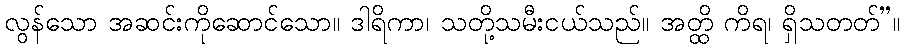
လွန်သော အဆင်းကိုဆောင်သော။ ဒါရိကာ၊ သတို့သမီးငယ်သည်။ အတ္ထိ ကိရ၊ ရှိသတတ်”။